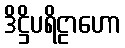
ဒိဋ္ဌိပရိဠာဟော